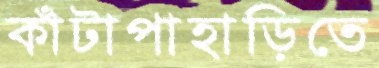
কাঁটাপাহাড়িতে